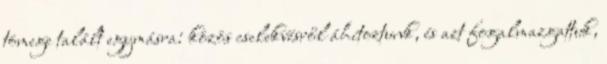
tömege talált egymásra: közös cselekvésről áhítoztunk, és azt fogalmazgattuk,